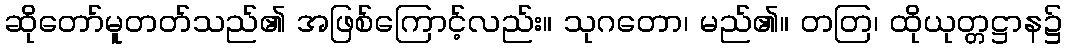
ဆိုတော်မူတတ်သည်၏ အဖြစ်ကြောင့်လည်း။ သုဂတော၊ မည်၏။ တတြ၊ ထိုယုတ္တဋ္ဌာန၌